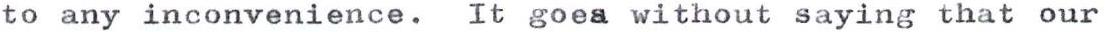
to any inconvenience. It goes without saying that our